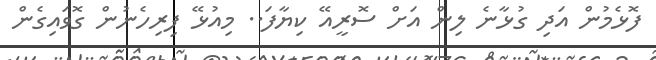
ފޮޅެމުން އަދި ގުޅާނެ ލިން އަށް ސޮރީއޭ ކިޔާފަ.. މިއުޅޭ ފިރިހެނުން ގޮވައިގެން